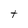
Character: t